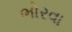
ભોરવા